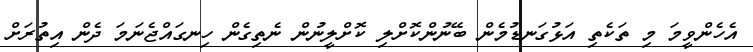
އެހެންވީމަ މި ތަކެތި އަޅުގަނޑުމެން ބޭނުންކޮށްލި ކޮށްލީނުން ނެތިގެން ހިނގައްޖެނަމަ ދެން އިތުރަށް